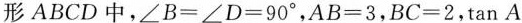
形ABCD中，$$∠ B = ∠ D = 9 0 °$$，$$A B = 3$$，$$B C = 2$$，$$\tan A